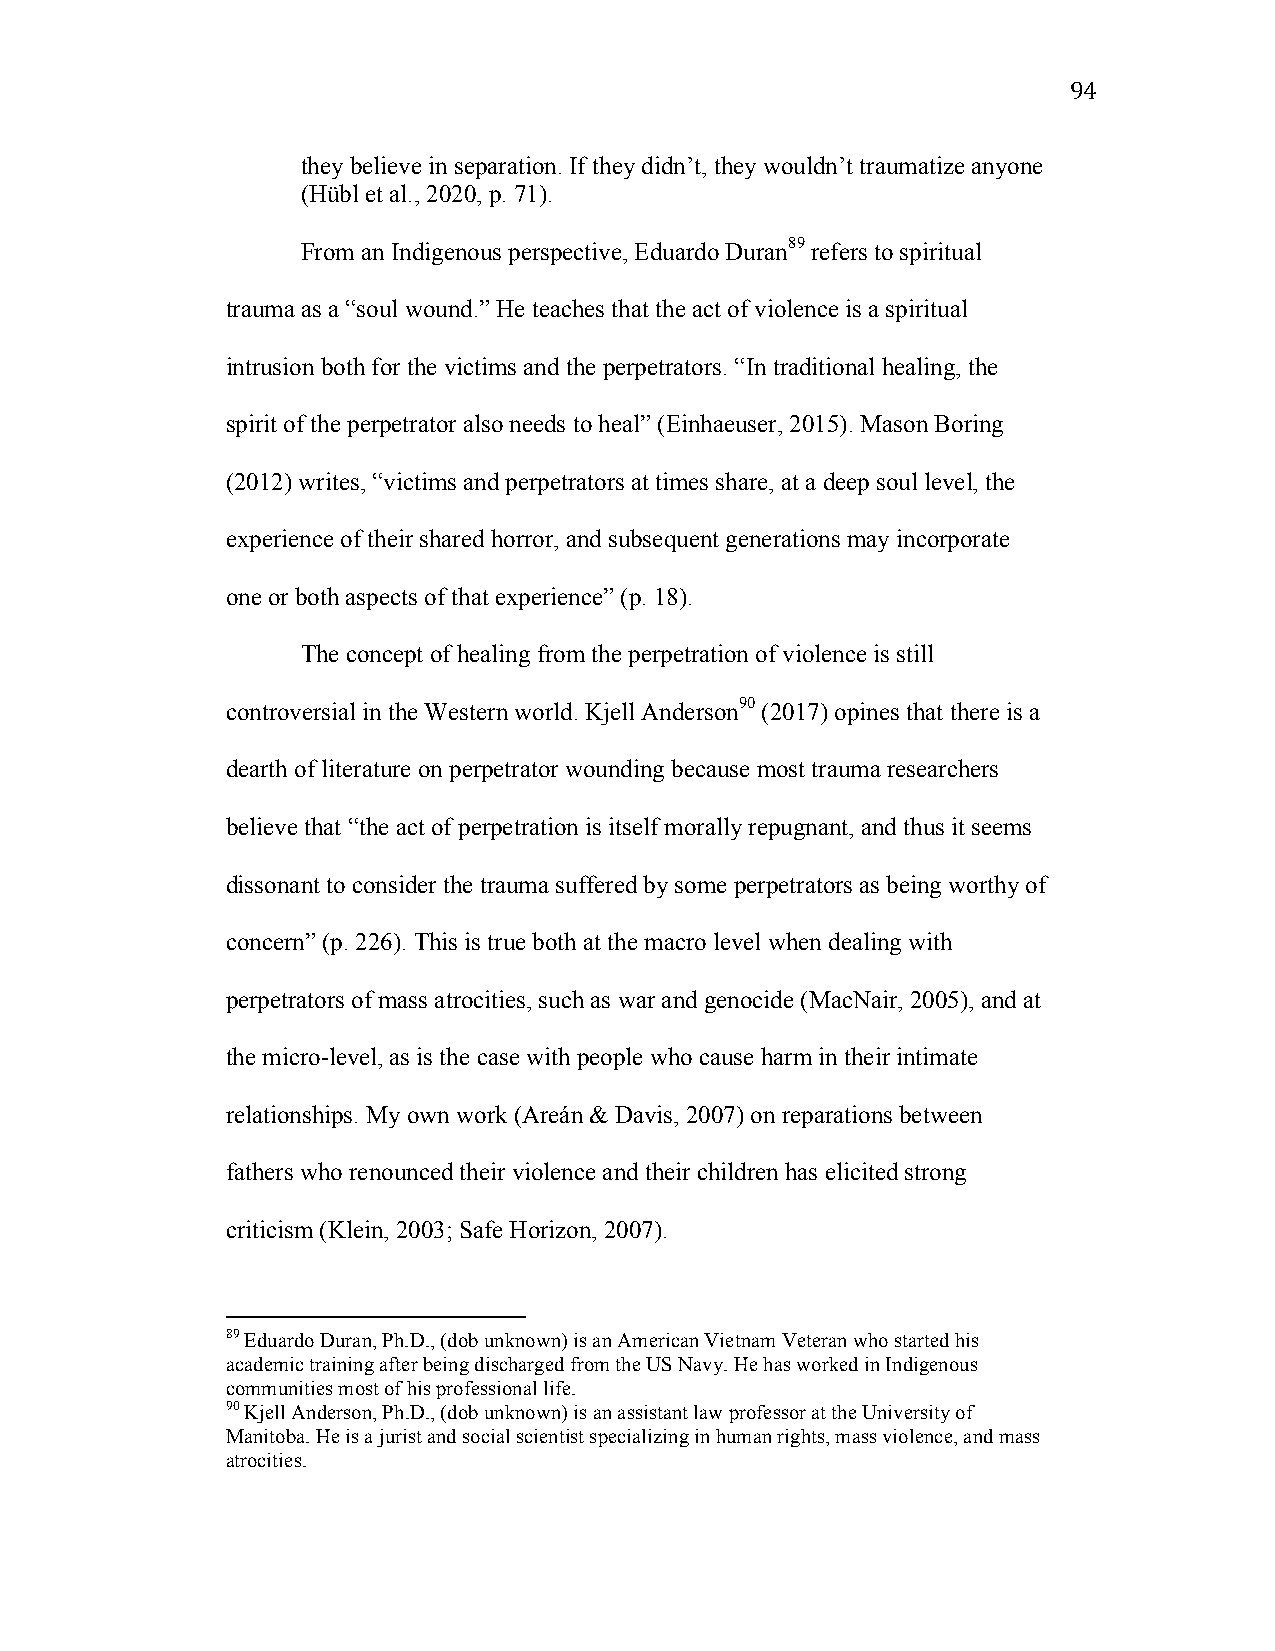
94
 they believe in separation. If they didn’t, they wouldn’t traumatize anyone
 (Hübl et al., 2020, p. 71).
 From an Indigenous perspective, Eduardo Duran89 refers to spiritual
 trauma as a “soul wound.” He teaches that the act of violence is a spiritual
 intrusion both for the victims and the perpetrators. “In traditional healing, the
 spirit of the perpetrator also needs to heal” (Einhaeuser, 2015). Mason Boring
 (2012) writes, “victims and perpetrators at times share, at a deep soul level, the
 experience of their shared horror, and subsequent generations may incorporate
 one or both aspects of that experience” (p. 18).
 The concept of healing from the perpetration of violence is still
 controversial in the Western world. Kjell Anderson90 (2017) opines that there is a
 dearth of literature on perpetrator wounding because most trauma researchers
 believe that “the act of perpetration is itself morally repugnant, and thus it seems
 dissonant to consider the trauma suffered by some perpetrators as being worthy of
 concern” (p. 226). This is true both at the macro level when dealing with
 perpetrators of mass atrocities, such as war and genocide (MacNair, 2005), and at
 the micro-level, as is the case with people who cause harm in their intimate
 relationships. My own work (Areán & Davis, 2007) on reparations between
 fathers who renounced their violence and their children has elicited strong
 criticism (Klein, 2003; Safe Horizon, 2007).
 89 Eduardo Duran, Ph.D., (dob unknown) is an American Vietnam Veteran who started his
 academic training after being discharged from the US Navy. He has worked in Indigenous
 communities most of his professional life.
 90 Kjell Anderson, Ph.D., (dob unknown) is an assistant law professor at the University of
 Manitoba. He is a jurist and social scientist specializing in human rights, mass violence, and mass
 atrocities.